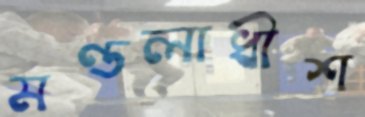
মণ্ডলাধীশ